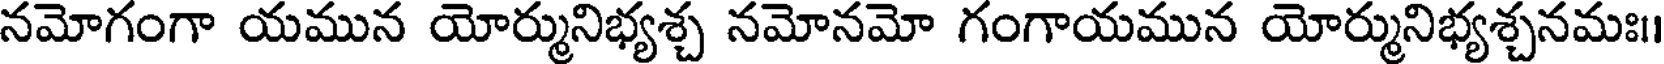
నమోగంగా యమున యోర్మునిభ్యశ్చ నమోనమో గంగాయమున యోర్మునిభ్యశ్చనమః।